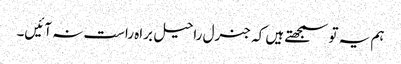
ہم یہ تو سمجھتے ہیں کہ جنرل راحیل براہ راست نہ آئیں۔